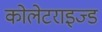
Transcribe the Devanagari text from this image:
कोलेटराइज्ड